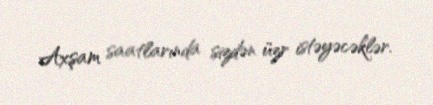
Axşam saatlarında sizdən üzr istəyəcəklər.